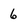
Character: 6